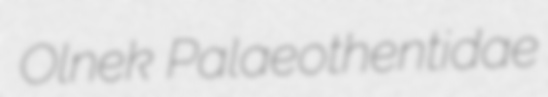
Olnek Palaeothentidae